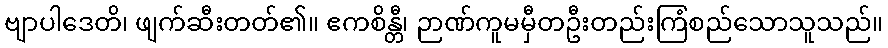
ဗျာပါဒေတိ၊ ဖျက်ဆီးတတ်၏။ ဧကစိန္တီ၊ ဉာဏ်ကူမမှီတဦးတည်းကြံစည်သောသူသည်။